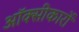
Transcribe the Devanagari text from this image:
ऑक्सीकारों